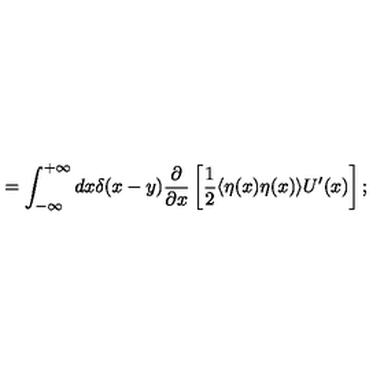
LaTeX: = \int _ { - \infty } ^ { + \infty } d x \delta ( x - y ) \frac { \partial } { \partial x } \left[ \frac { 1 } { 2 } \langle \eta ( x ) \eta ( x ) \rangle U ^ { \prime } ( x ) \right] ;